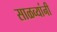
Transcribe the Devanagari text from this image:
साळव्यांनी